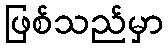
ဖြစ်သည်မှာ